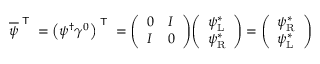
{ \overline { { \psi } } } ^ { \textsf { T } } = \left( \psi ^ { \dagger } \gamma ^ { 0 } \right) ^ { \textsf { T } } = { \left( \begin{array} { l l } { 0 } & { I } \\ { I } & { 0 } \end{array} \right) } { \left( \begin{array} { l } { \psi _ { \mathrm { L } } ^ { * } } \\ { \psi _ { \mathrm { R } } ^ { * } } \end{array} \right) } = { \left( \begin{array} { l } { \psi _ { \mathrm { R } } ^ { * } } \\ { \psi _ { \mathrm { L } } ^ { * } } \end{array} \right) }